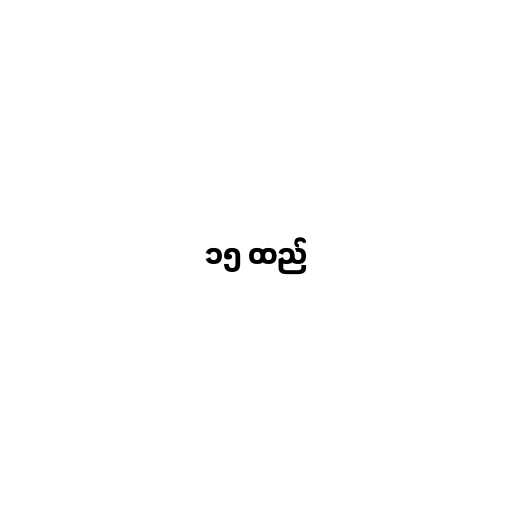
၁၅ ထည်